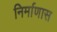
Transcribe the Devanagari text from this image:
निर्माणास